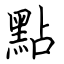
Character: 點